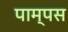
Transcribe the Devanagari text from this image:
पाम्पस